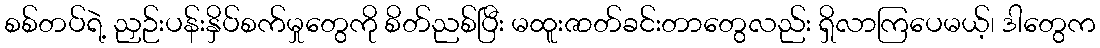
စစ်တပ်ရဲ့ ညှဉ်းပန်းနှိပ်စက်မှုတွေကို စိတ်ညစ်ပြီး မထူးဇာတ်ခင်းတာတွေလည်း ရှိလာကြပေမယ့်၊ ဒါတွေက